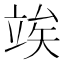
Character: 竢